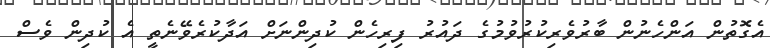
އެގޮތުން އަންހެނުން ބާރުވެރިކުރުވުމުގެ ދައުރު ފިރިހެން ކުދިންނަށް އަދާކުރެވޭނެތީ އެ ކުދިން ވެސް